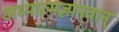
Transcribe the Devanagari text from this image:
अध्यात्मज्ञानवान्